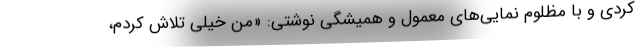
کردی و با مظلوم نمایی‌های معمول و همیشگی نوشتی: «من خیلی تلاش‌ کردم،